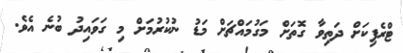
ޓްރެފިކަށް ދަތިވާ ގޮތަށް މަގުމައްޗަށް މަޑު ނުކުރުމަށް މި ގަވައިދު ބުނެ އެވެ.